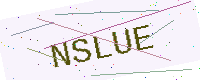
Text: NSLUE